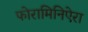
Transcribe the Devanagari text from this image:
फोरामिनिऐरा